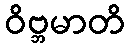
ဝိဗ္ဘမာတိ